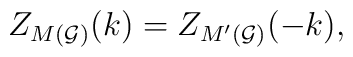
Z_{M({\cal G)}}(k)=Z_{M^{\prime }({\cal G)}}(-k),